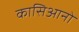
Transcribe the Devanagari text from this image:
कासिआनो